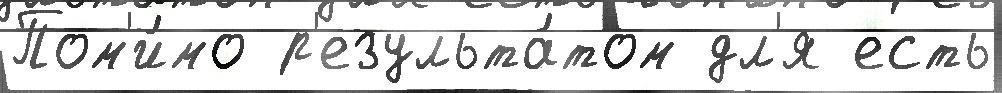
Пом'и́мо р'езульта́том дл'я есть